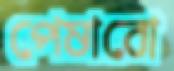
পেষাবো